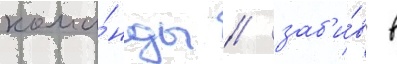
кома́нды / заб'и́в в